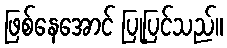
ဖြစ်နေအောင် ပြုပြင်သည်။